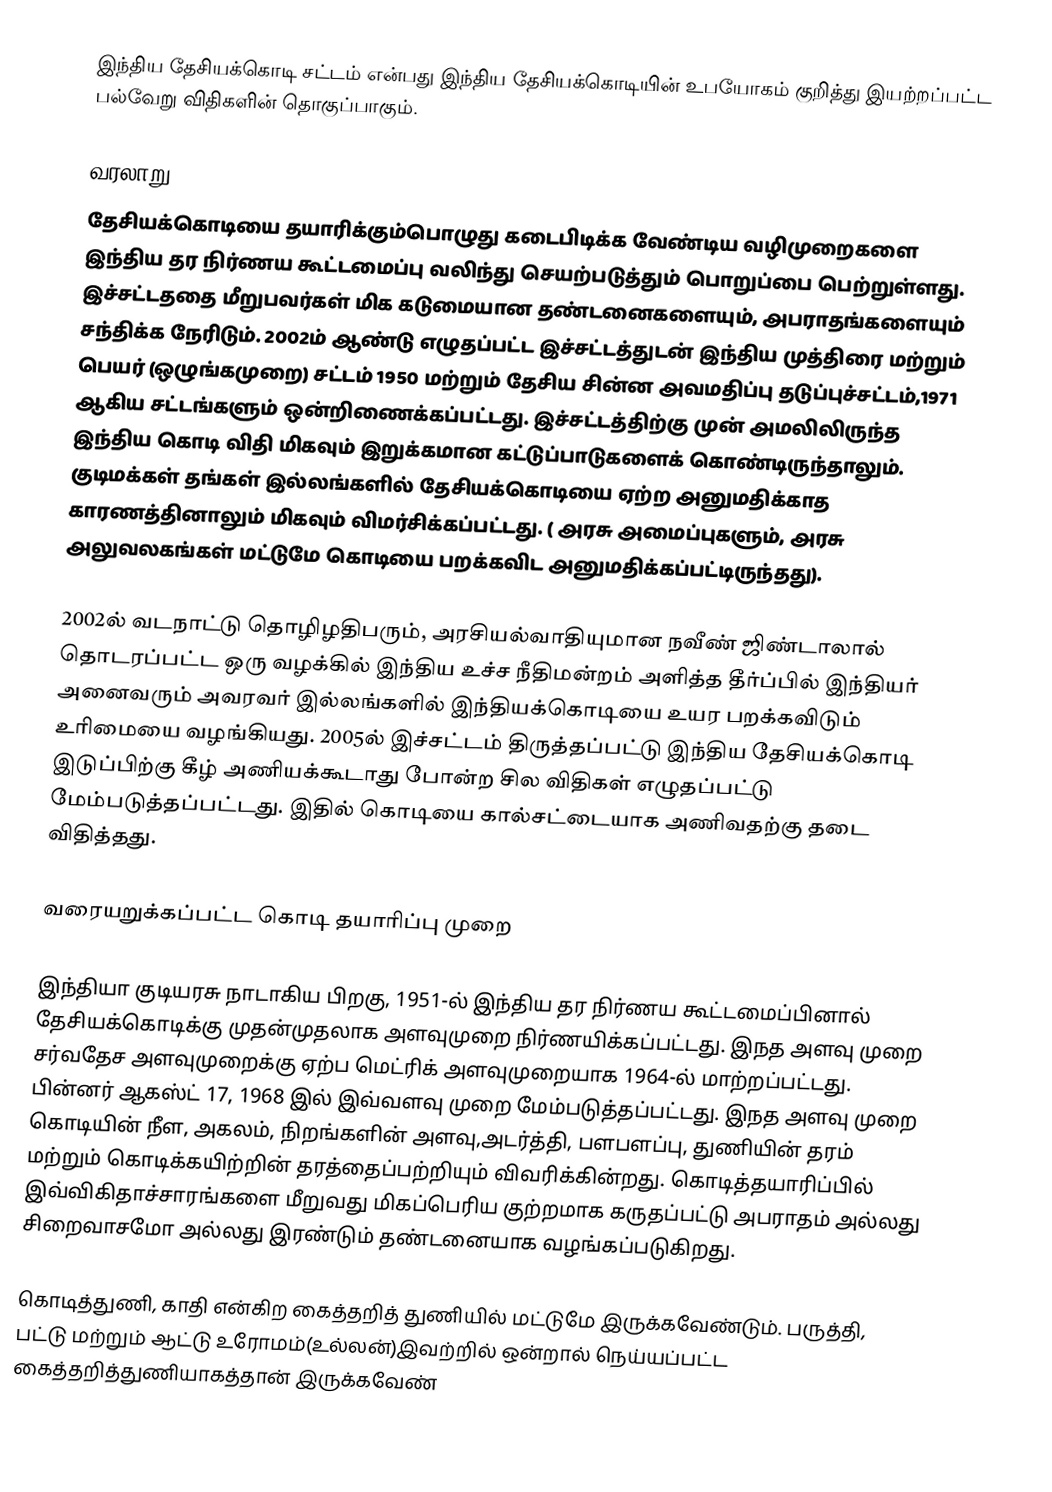
இந்திய தேசியக்கொடி சட்டம்  என்பது இந்திய தேசியக்கொடியின் உபயோகம் குறித்து இயற்றப்பட்ட பல்வேறு விதிகளின் தொகுப்பாகும்.

வரலாறு
தேசியக்கொடியை தயாரிக்கும்பொழுது கடைபிடிக்க வேண்டிய வழிமுறைகளை இந்திய தர நிர்ணய கூட்டமைப்பு வலிந்து செயற்படுத்தும் பொறுப்பை பெற்றுள்ளது. இச்சட்டததை மீறுபவர்கள் மிக கடுமையான தண்டனைகளையும், அபராதங்களையும் சந்திக்க நேரிடும். 2002ம் ஆண்டு எழுதப்பட்ட இச்சட்டத்துடன் இந்திய முத்திரை மற்றும் பெயர் (ஒழுங்கமுறை) சட்டம் 1950 மற்றும் தேசிய சின்ன அவமதிப்பு தடுப்புச்சட்டம்,1971 ஆகிய சட்டங்களும் ஒன்றிணைக்கப்பட்டது. இச்சட்டத்திற்கு முன் அமலிலிருந்த இந்திய கொடி விதி மிகவும் இறுக்கமான கட்டுப்பாடுகளைக் கொண்டிருந்தாலும். குடிமக்கள் தங்கள் இல்லங்களில் தேசியக்கொடியை ஏற்ற அனுமதிக்காத காரணத்தினாலும் மிகவும் விமர்சிக்கப்பட்டது. ( அரசு அமைப்புகளும், அரசு அலுவலகங்கள் மட்டுமே கொடியை பறக்கவிட அனுமதிக்கப்பட்டிருந்தது).

2002ல் வடநாட்டு தொழிழதிபரும், அரசியல்வாதியுமான நவீண் ஜிண்டாலால் தொடரப்பட்ட ஒரு வழக்கில் இந்திய உச்ச நீதிமன்றம் அளித்த தீர்ப்பில் இந்தியர் அனைவரும் அவரவர் இல்லங்களில் இந்தியக்கொடியை உயர பறக்கவிடும் உரிமையை வழங்கியது. 2005ல் இச்சட்டம் திருத்தப்பட்டு இந்திய தேசியக்கொடி இடுப்பிற்கு கீழ் அணியக்கூடாது போன்ற சில விதிகள் எழுதப்பட்டு மேம்படுத்தப்பட்டது. இதில் கொடியை கால்சட்டையாக அணிவதற்கு தடை விதித்தது.

வரையறுக்கப்பட்ட கொடி தயாரிப்பு முறை

இந்தியா குடியரசு நாடாகிய பிறகு, 1951-ல் இந்திய தர நிர்ணய கூட்டமைப்பினால் தேசியக்கொடிக்கு முதன்முதலாக அளவுமுறை நிர்ணயிக்கப்பட்டது. இநத அளவு முறை சர்வதேச அளவுமுறைக்கு ஏற்ப மெட்ரிக் அளவுமுறையாக 1964-ல் மாற்றப்பட்டது. பின்னர் ஆகஸ்ட் 17, 1968 இல் இவ்வளவு முறை மேம்படுத்தப்பட்டது. இநத அளவு முறை கொடியின் நீள, அகலம், நிறங்களின் அளவு,அடர்த்தி, பளபளப்பு, துணியின் தரம் மற்றும் கொடிக்கயிற்றின் தரத்தைப்பற்றியும் விவரிக்கின்றது. கொடித்தயாரிப்பில் இவ்விகிதாச்சாரங்களை மீறுவது மிகப்பெரிய குற்றமாக கருதப்பட்டு அபராதம் அல்லது சிறைவாசமோ அல்லது இரண்டும் தண்டனையாக வழங்கப்படுகிறது.

கொடித்துணி, காதி என்கிற கைத்தறித் துணியில் மட்டுமே இருக்கவேண்டும். பருத்தி, பட்டு மற்றும் ஆட்டு உரோமம்(உல்லன்)இவற்றில் ஒன்றால் நெய்யப்பட்ட கைத்தறித்துணியாகத்தான் இருக்கவேண்